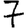
Digit: 7